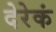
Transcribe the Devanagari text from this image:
देरेकं